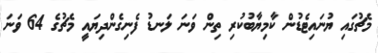
މެޗުގައި ޔުނައިޓެޑުން ކާމިޔާބުކުރި ތިން ވަނަ ލަނޑު ފެނިގެންދިޔައީ މެޗުގެ 64 ވަނަ